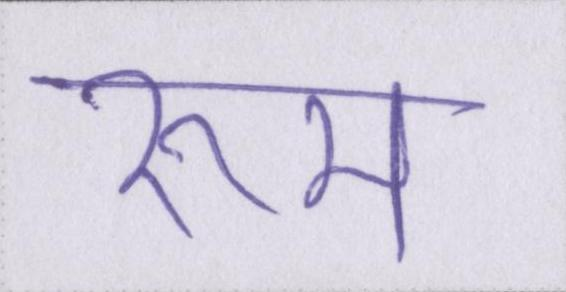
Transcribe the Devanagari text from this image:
रूम